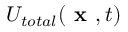
U _ { t o t a l } ( \textbf { x } , t )